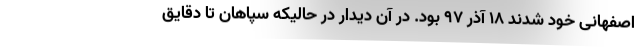
اصفهانی خود شدند 18 آذر 97 بود. در آن دیدار در حالیکه سپاهان تا دقایق